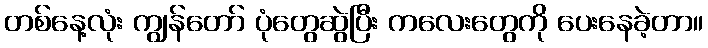
တစ်နေ့လုံး ကျွန်တော် ပုံတွေဆွဲပြီး ကလေးတွေကို ပေးနေခဲ့တာ။